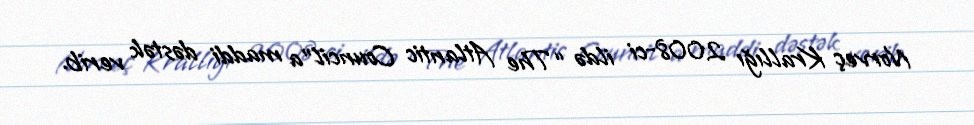
Norveç Krallığı 2008-ci ildə “The Atlantic Council”a maddi dəstək verib.